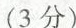
(3分)